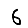
Digit: 6